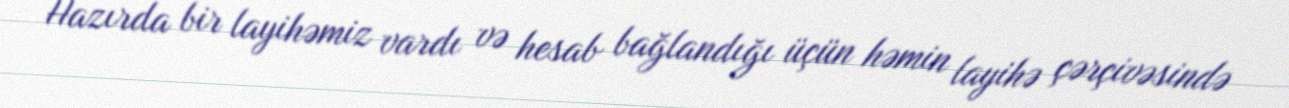
Hazırda bir layihəmiz vardı və hesab bağlandığı üçün həmin layihə çərçivəsində